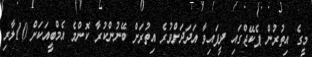
މީގެ އިތުރުން ޕެކޭޖްގައި ދީފައިވާ އަދަދަށްވުރެ އިތުރަށް ބޭނުންކުރާ ކޮންމެ އެމްބީއަކަށް 10ލާރި